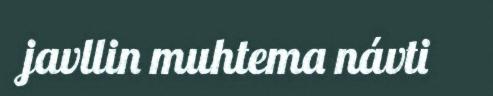
javllin muhtema návti